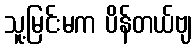
သူ့မြင်းမက ပိန်တယ်ဗျ